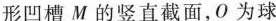
形凹槽M的竖直截面，O为球